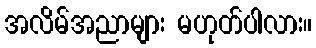
အလိမ်အညာများ မဟုတ်ပါလား။